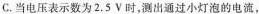
C.当电压表示数为2.5V时，测出通过小灯泡的电流，